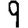
Digit: 9